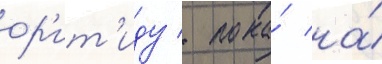
ор'ит'иду / пока́ на́